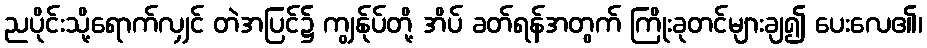
ညပိုင်းသို့ရောက်လျှင် တဲအပြင်၌ ကျွန်ုပ်တို့ အိပ် ခတ်ရန်အတွက် ကြိုးခုတင်များချ၍ ပေးလေ၏၊